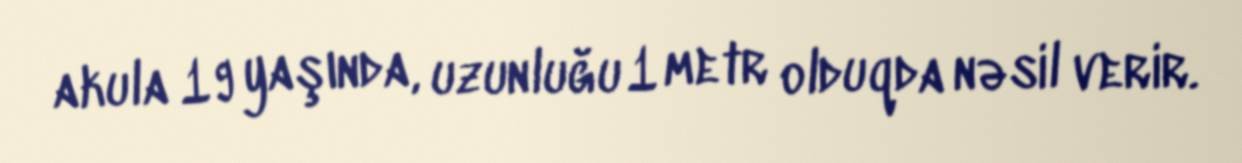
akula 19 yaşında, uzunluğu 1 metr olduqda nəsil verir.